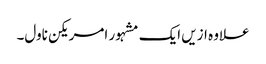
علاوہ ازیں ایک مشہور امریکن ناول۔